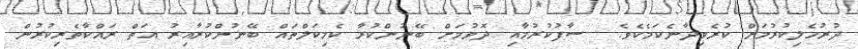
ދުރުހެލިކުރުމަށް ކުރެވިދާނެކަމެކެވެ.  ސާފުކުރުމާއި ދޮވުމަށް ބޭނުންކުރާ ކެމިކަލްތައް ބޭނުންކުރާއިރު އަތް ރައްކާތެރިކުރުން